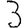
Digit: 3